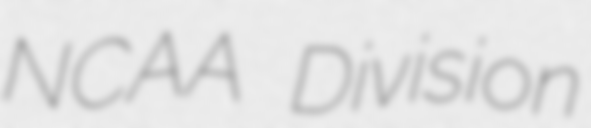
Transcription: NCAA Division